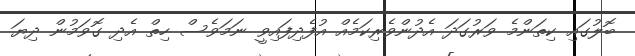
ބޮލުގައި ކިތަންމެ ވަރުގަދަ އެދުންވެރިކަމެއް އުފެދިފައިވީ ނަމަވެސް ހިތް އެދި ގޮވަމުން ދިޔަ